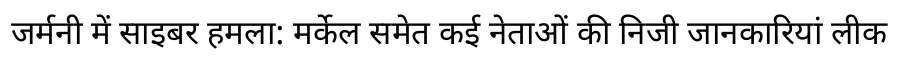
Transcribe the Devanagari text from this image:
जर्मनी में साइबर हमला: मर्केल समेत कई नेताओं की निजी जानकारियां लीक